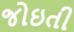
જોઇતી